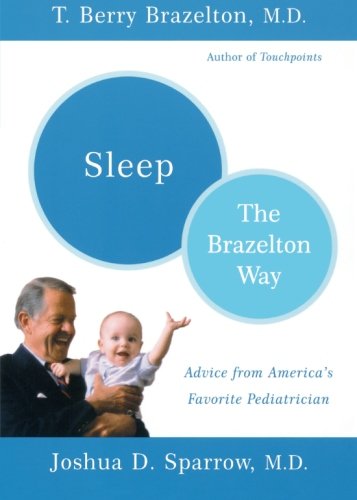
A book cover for Sleep: The Brazelton Way; T. Berry Brazelton; Health, Fitness & Dieting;